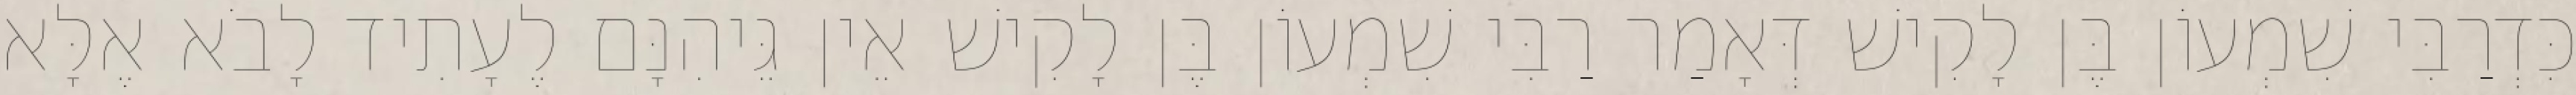
כִּדְרַבִּי שִׁמְעוֹן בֶּן לָקִישׁ דְּאָמַר רַבִּי שִׁמְעוֹן בֶּן לָקִישׁ אֵין גֵּיהִנָּם לֶעָתִיד לָבֹא אֶלָּא